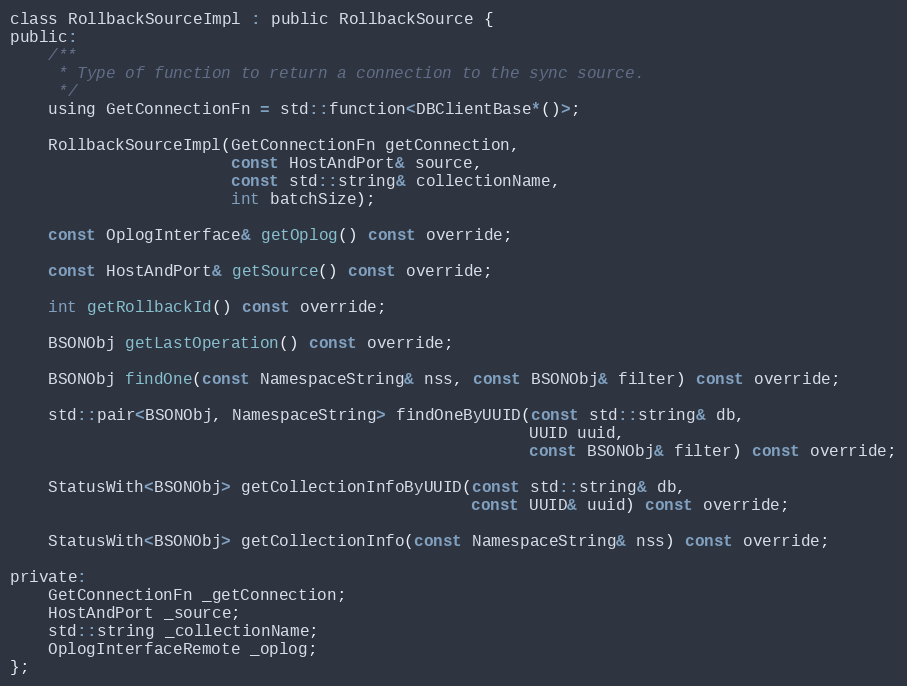
Language: C
class RollbackSourceImpl : public RollbackSource {
public:
    /**
     * Type of function to return a connection to the sync source.
     */
    using GetConnectionFn = std::function<DBClientBase*()>;

    RollbackSourceImpl(GetConnectionFn getConnection,
                       const HostAndPort& source,
                       const std::string& collectionName,
                       int batchSize);

    const OplogInterface& getOplog() const override;

    const HostAndPort& getSource() const override;

    int getRollbackId() const override;

    BSONObj getLastOperation() const override;

    BSONObj findOne(const NamespaceString& nss, const BSONObj& filter) const override;

    std::pair<BSONObj, NamespaceString> findOneByUUID(const std::string& db,
                                                      UUID uuid,
                                                      const BSONObj& filter) const override;

    StatusWith<BSONObj> getCollectionInfoByUUID(const std::string& db,
                                                const UUID& uuid) const override;

    StatusWith<BSONObj> getCollectionInfo(const NamespaceString& nss) const override;

private:
    GetConnectionFn _getConnection;
    HostAndPort _source;
    std::string _collectionName;
    OplogInterfaceRemote _oplog;
};